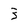
Character: 3